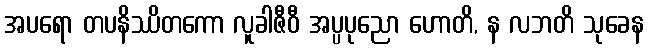
အပရော တပနိဿိတကော လူခါဇီဝီ အပ္ပပုညော ဟောတိ, န လဘတိ သုခေန